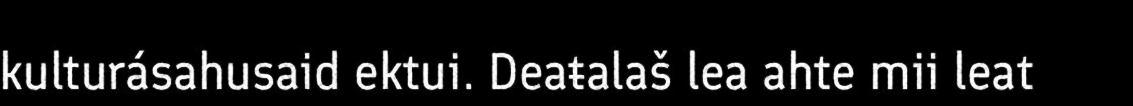
kulturásahusaid ektui. Deaŧalaš lea ahte mii leat